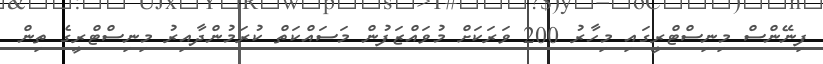
ފިނޭންސް މިނިސްޓްރީގައި މިހާރު 200 ވަރަކަށް މުވައްޒަފުން މަސައްކަތް ކުރަމުންދާއިރު މިނިސްޓްރީގެ ތިން